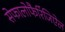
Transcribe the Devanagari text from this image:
सेफालोफैरिंजिऐल